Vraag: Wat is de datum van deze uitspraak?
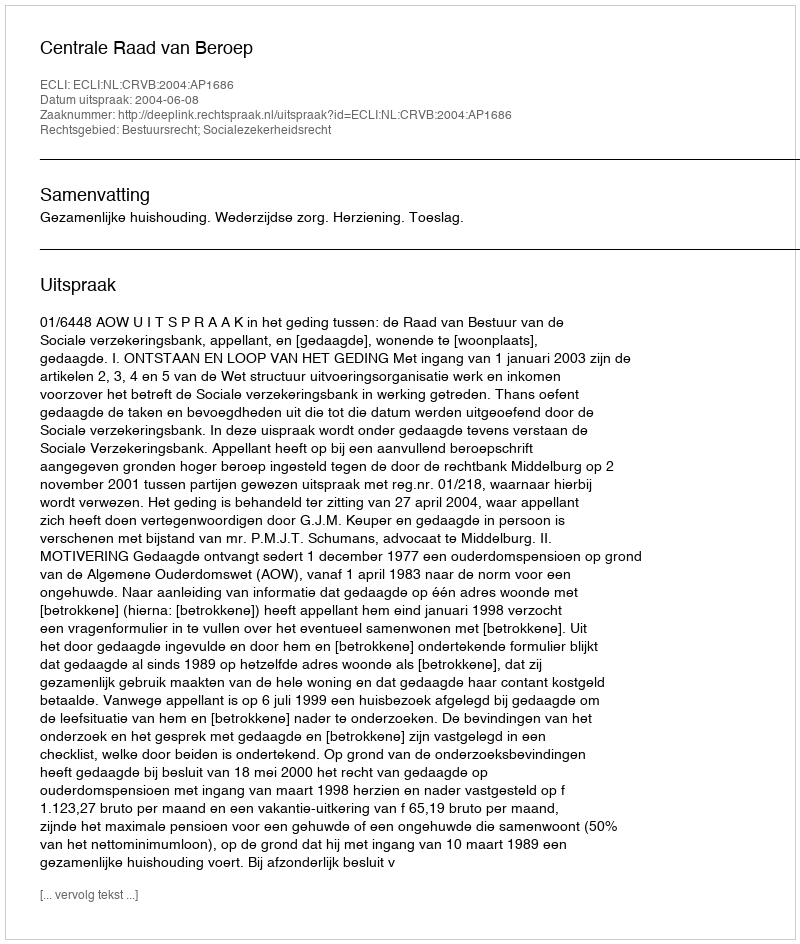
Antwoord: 2004-06-08